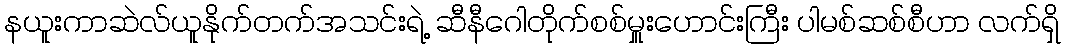
နယူးကာဆဲလ်ယူနိုက်တက်အသင်းရဲ့ ဆီနီဂေါတိုက်စစ်မှူးဟောင်းကြီး ပါမစ်ဆစ်စီဟာ လက်ရှိ